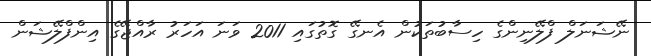
ނޭޝަނަލް ފްލޭނިންގެ ހިސާބުތަކުން އެނގޭ ގޮތުގައި 2011 ވަނަ އަހަރު ރާއްޖޭގެ އިންފްލޭޝަން